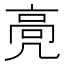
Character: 𱅵